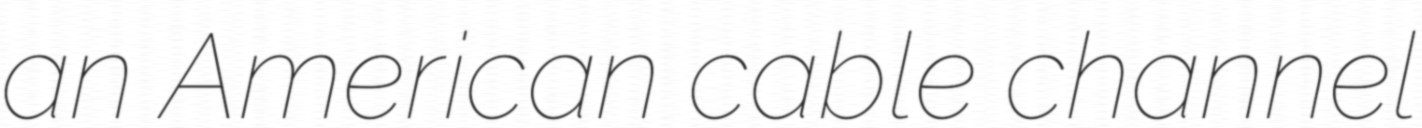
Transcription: an American cable channel